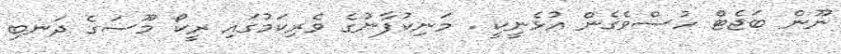
ނޫން ބަޖެޓް ހުސްވެގެން އުޅެނީކީ . މަނިކުފާނުގެ ވެރިކަމުގައި ރީކޯ މޫސަގެ ދަނބި